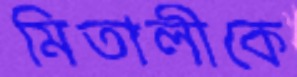
মিতালীকে